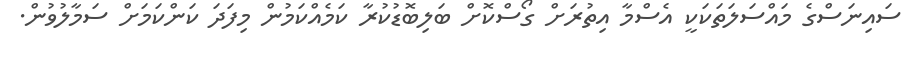
ސައިނަސްގެ މައްސަލަތަކަކީ އެސްމާ އިތުރަށް ގޯސްކޮށް ބަލިބޮޑުކުރާ ކަމެއްކަމުން މިފަދަ ކަންކަމަށް ސަމާލުވުން.